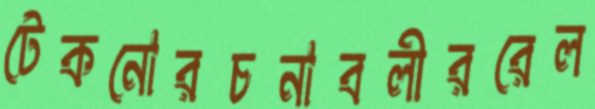
টেকনোরচনাবলীররেল